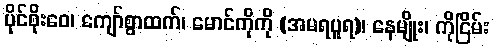
ပိုင်စိုးဝေ၊ ကျော်စွာထက်၊ မောင်ကိုကို (အမရပူရ)၊ နေမျိုး၊ ကိုငြိမ်း